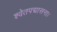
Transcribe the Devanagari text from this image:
श्वेतपद्मासना।